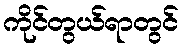
ကိုင်တွယ်ရာတွင်